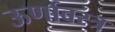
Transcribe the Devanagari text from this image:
ऊर्णावस्त्र